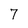
Character: 7